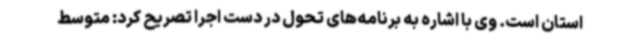
استان است. وی با اشاره به برنامه‌های تحول در دست اجرا تصریح کرد: متوسط